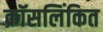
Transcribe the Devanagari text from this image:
क्रॉसलिंकित